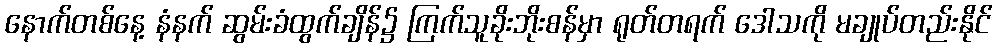
နောက်တစ်နေ့ နံနက် ဆွမ်းခံထွက်ချိန်၌ ကြက်သူခိုးဘိုးစန်မှာ ရုတ်တရက် ဒေါသကို မချုပ်တည်းနိုင်